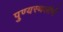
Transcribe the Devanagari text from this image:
पुण्‍यस्‍थलीमें